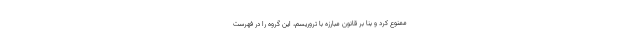
ممنوع کرد و بنا بر قانون مبارزه با تروریسم، این گروه را در فهرست